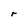
Character: r